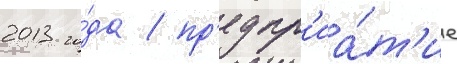
2013 го́да / пр'едпр'иа́т'ие